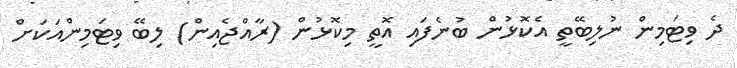
ދެ ވިޓަމިން ނުލިބޭތީ އެކޮޅުން ބުނެފައި އޮތީ މިކޮޅުން (ރާއްޖެއިން) ލިބޭ ވިޓަމިންއަކަށް